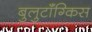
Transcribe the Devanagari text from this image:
बुलुटॉंग्किस